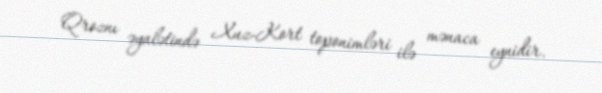
Qroznı əyalətində Xuz-Kort toponimləri ilə mənaca eynidir.